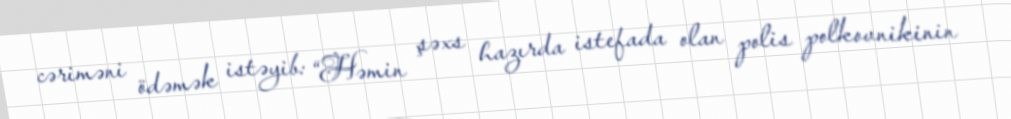
cəriməni ödəmək istəyib: “Həmin şəxs hazırda istefada olan polis polkovnikinin